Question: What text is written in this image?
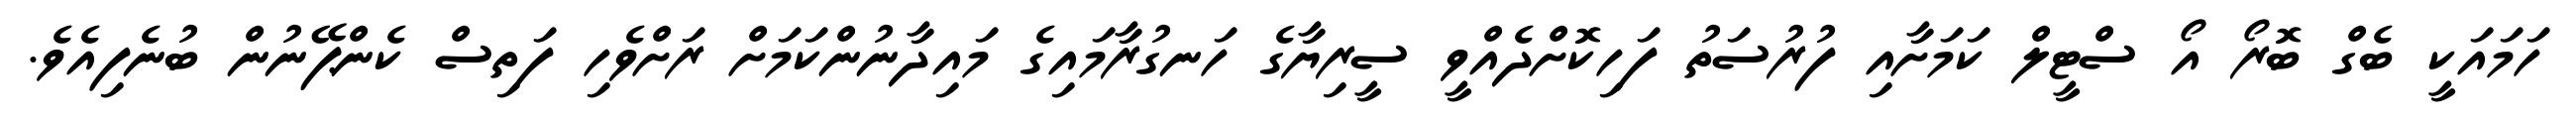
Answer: ހަމައަކީ ބެގް ބޮރޯ އޯ ސްޓީލް ކަމަށާއި ފުރުސަތު ފަހިކޮށްދެއްވީ ސީރިޔާގެ ހަނގުރާމައިގެ މައިދާނުންކަމަށް ރަށްވެހި ފަތިސް ކެންޕޭނުން ބުނެފިއެވެ.